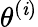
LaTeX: {\theta}^{\left(\mathit{i}\right)}